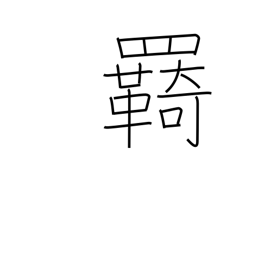
Meaning: reins